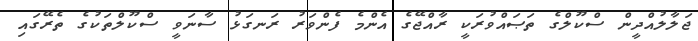
ޖަލާލުއްދީން ސްކޫލްގެ ތަޞައްވުރަކީ ރާއްޖޭގެ އެންމެ ފެންވަރު ރަނގަޅު ސާނަވީ ސްކޫލްތަކުގެ ތެރޭގައި